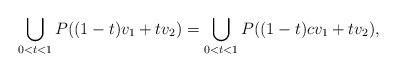
LaTeX: \begin{align*}\bigcup_{0<t<1}P((1-t)v_1+tv_2)=\bigcup_{0<t<1}P((1-t)cv_1+tv_2),\end{align*}